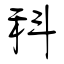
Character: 科